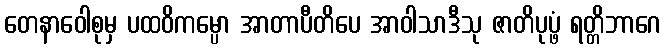
တေနာဝေါစုမှ ပထဝိကမ္ပော အာတာပီတိပေ အာဝါသာဒီသု ဇာတိပုပ္ဖံ ရတ္တိဘာဂေ